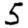
Digit: 5